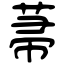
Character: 菷